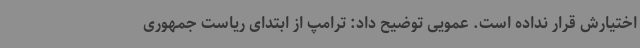
اختیارش قرار نداده است. عمویی توضیح داد: ترامپ از ابتدای ریاست جمهوری